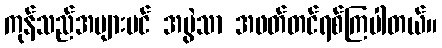
ကုန်သည်အများပင် အမွဲသာ အဖတ်တင်ရစ်ကြပါတယ်။